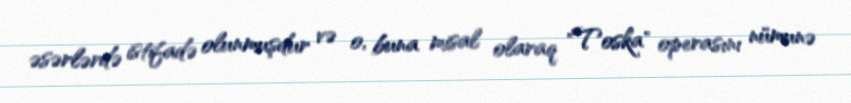
əsərlərdə istifadə olunmuşdur və o, buna misal olaraq "Toska" operasını nümunə